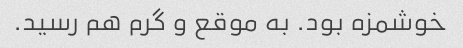
خوشمزه بود. به موقع و گرم هم رسید.